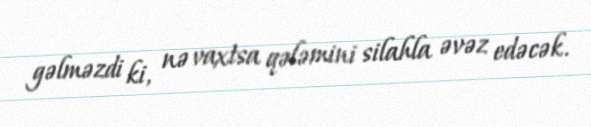
gəlməzdi ki, nə vaxtsa qələmini silahla əvəz edəcək.